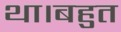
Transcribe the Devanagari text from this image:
था।बहुत